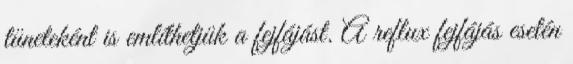
tüneteként is említhetjük a fejfájást. A reflux fejfájás esetén